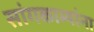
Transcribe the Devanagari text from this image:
सांगकाम्यांना